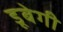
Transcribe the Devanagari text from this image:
डूबेगी